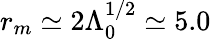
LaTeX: r_{m}\simeq 2\Lambda_{0}^{1/2}\simeq 5.0